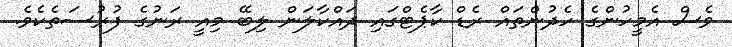
ވެސް އެމީހުންގެ ހެދުންތައް ރެޑް ކާޕެޓްގައި ދައްކާލަން ލިބޭ މިއީ ރަނުގެ ފުރުސަތެކެވެ.